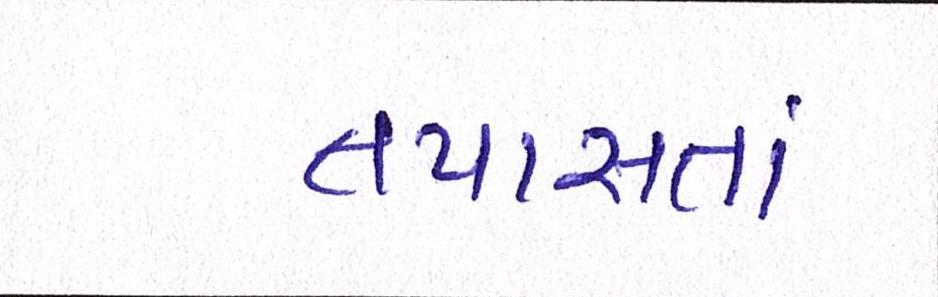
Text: તપાસતાં